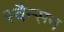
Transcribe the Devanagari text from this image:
स्वैन्सन